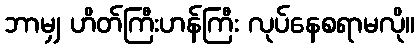
ဘာမျှ ဟိတ်ကြီးဟန်ကြီး လုပ်နေစရာမလို။